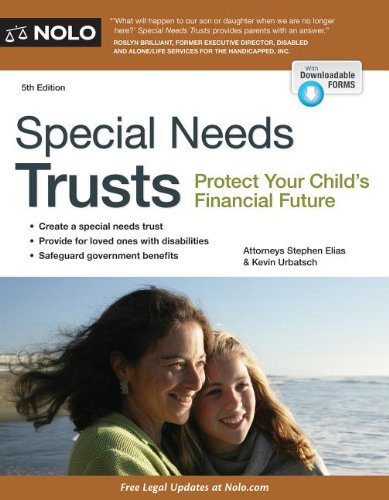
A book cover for Special Needs Trusts: Protect Your Child's Financial Future; Stephen Elias; Law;